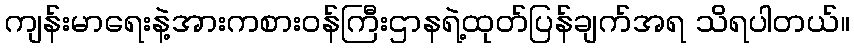
ကျန်းမာရေးနဲ့အားကစားဝန်ကြီးဌာနရဲ့ထုတ်ပြန်ချက်အရ သိရပါတယ်။